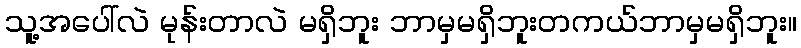
သူ့အပေါ်လဲ မုန်းတာလဲ မရှိဘူး ဘာမှမရှိဘူးတကယ်ဘာမှမရှိဘူး။